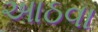
આઠવા